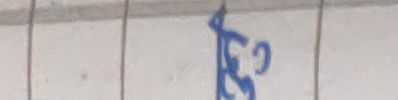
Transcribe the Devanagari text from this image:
छ